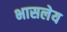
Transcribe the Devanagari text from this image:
भासलेय